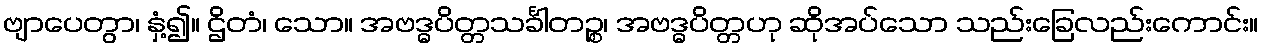
ဗျာပေတွာ၊ နှံ့၍။ ဌိတံ၊ သော။ အဗဒ္ဓပိတ္တသင်္ခါတဉ္စ၊ အဗဒ္ဓပိတ္တဟု ဆိုအပ်သော သည်းခြေလည်းကောင်း။